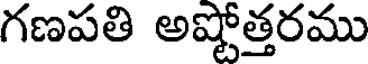
గణపతి అష్టోత్తరము